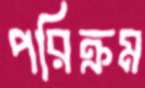
পরিক্রম